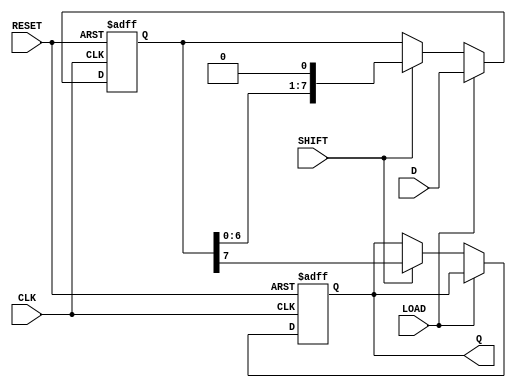
module PISO_Register #(
    parameter WIDTH = 8  // Width of the parallel input data
)(
    input wire [WIDTH-1:0] D,      // Parallel data input
    input wire LOAD,                // Load control signal
    input wire SHIFT,               // Shift control signal
    input wire CLK,                 // Clock signal
    input wire RESET,               // Asynchronous reset signal
    output reg Q                   // Serial output
);

    // Internal register array to hold the parallel data
    reg [WIDTH-1:0] shift_reg;

    always @(posedge CLK or posedge RESET) begin
        if (RESET) begin
            // Asynchronous reset: clear the shift register
            shift_reg <= 0;
            Q <= 0;
        end else begin
            if (LOAD) begin
                // Load data into the shift register
                shift_reg <= D;
            end else if (SHIFT) begin
                // Shift data out serially
                Q <= shift_reg[WIDTH-1]; // Output the MSB
                shift_reg <= {shift_reg[WIDTH-2:0], 1'b0}; // Shift left
            end
        end
    end

endmodule